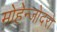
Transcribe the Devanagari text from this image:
मोहेन्जोदरो